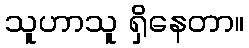
သူဟာသူ ရှိနေတာ။